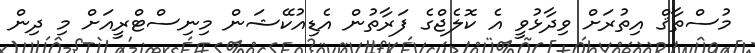
މުސްތާޤް އިތުރަށް ވިދާޅުވީ އެ ކޮލެޖްގެ ފަރާތުން އެޑިއުކޭޝަން މިނިސްޓްރީއަށް މި ދިން